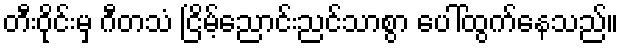
တီးဝိုင်းမှ ဂီတသံ ငြိမ့်ညောင်းညင်သာစွာ ပေါ်ထွက်နေသည်။